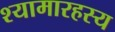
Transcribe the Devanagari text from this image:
श्यामारहस्य